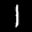
Label: 1